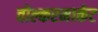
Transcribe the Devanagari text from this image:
वोल्करमार्कट